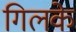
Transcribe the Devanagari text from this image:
गिलके